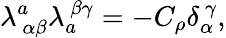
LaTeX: \lambda_{~\alpha\beta}^{a}\lambda_{a}^{~\beta\gamma}=-C_{\rho}\delta_{\alpha}^{~\gamma},